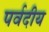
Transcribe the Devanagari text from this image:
पर्वदीय